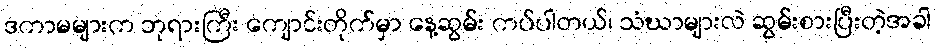
ဒကာမများက ဘုရားကြီး ကျောင်းတိုက်မှာ နေ့ဆွမ်း ကပ်ပါတယ်၊ သံဃာများလဲ ဆွမ်းစားပြီးတဲ့အခါ